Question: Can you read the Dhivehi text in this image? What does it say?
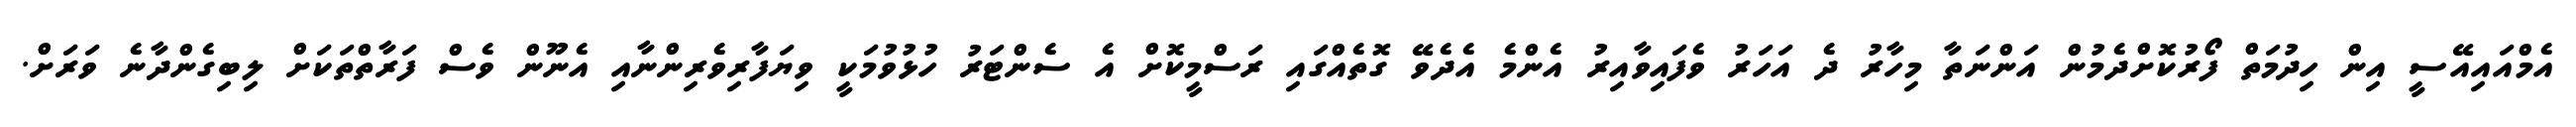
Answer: އެމްއައިއޭސީ އިން ހިދުމަތް ފޯރުކޮށްދެމުން އަންނަތާ މިހާރު ދެ އަހަރު ވެފައިވާއިރު އެންމެ އެދެވޭ ގޮތެއްގައި ރަސްމީކޮށް އެ ސެންޓަރު ހުޅުވުމަކީ ވިޔަފާރިވެރިންނާއި އެނޫން ވެސް ފަރާތްތަކަށް ލިބިގެންދާނެ ވަރަށް.